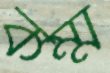
কম্ম